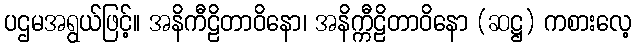
ပဌမအရွယ်ဖြင့်။ အနိကီဠိတာဝိနော၊ အနိက္ကီဠိတာဝိနော (ဆဋ္ဌ) ကစားလေ့